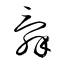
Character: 辭